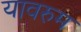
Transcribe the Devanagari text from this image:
यावरुम